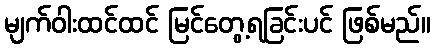
မျက်ဝါးထင်ထင် မြင်တွေ့ရခြင်းပင် ဖြစ်မည်။